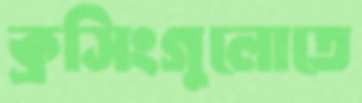
ক্রসিংগুলোতে